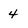
Character: 4